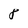
Character: 8